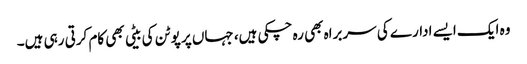
وہ ایک ایسے ادارے کی سربراہ بھی رہ چکی ہیں، جہاں پر پوٹن کی بیٹی بھی کام کرتی رہی ہیں۔